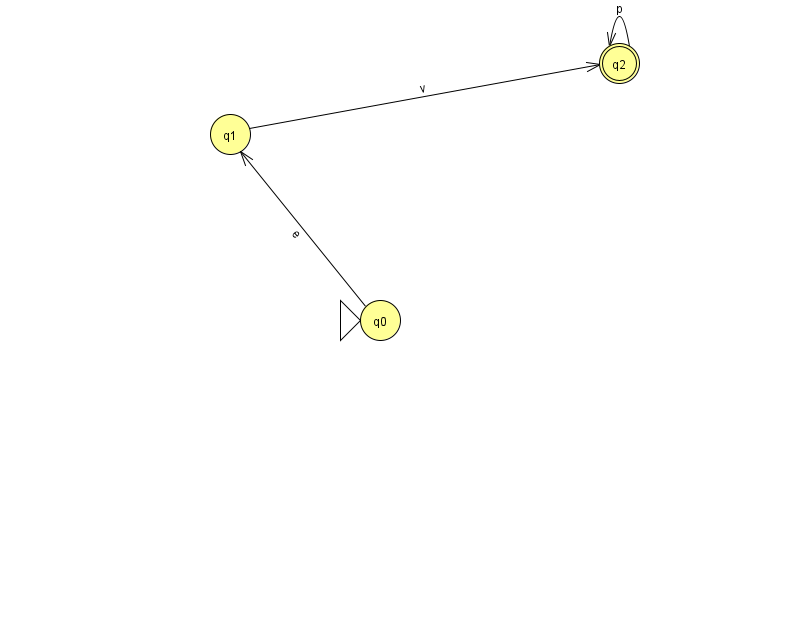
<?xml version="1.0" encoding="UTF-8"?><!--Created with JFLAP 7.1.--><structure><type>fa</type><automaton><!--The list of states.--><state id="0" name="q0"><x>380.0</x><y>307.0</y><initial/></state><state id="1" name="q1"><x>230.0</x><y>121.0</y></state><state id="2" name="q2"><x>619.0</x><y>50.0</y><final/></state><!--The list of transitions.--><transition><from>2</from><to>2</to><read>p</read></transition><transition><from>1</from><to>2</to><read>v</read></transition><transition><from>0</from><to>1</to><read>e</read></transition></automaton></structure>